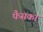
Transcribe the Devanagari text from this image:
फैसका